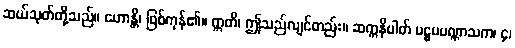
ဆယ်သုတ်တို့သည်။ ဟောန္တိ၊ ဖြစ်ကုန်၏။ ဣတိ၊ ဤသည်လျင်တည်း။ ဆက္ကနိပါတ် ပဋ္ဌမပဏ္ဏာသက၊ ၄၊